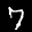
Label: 7